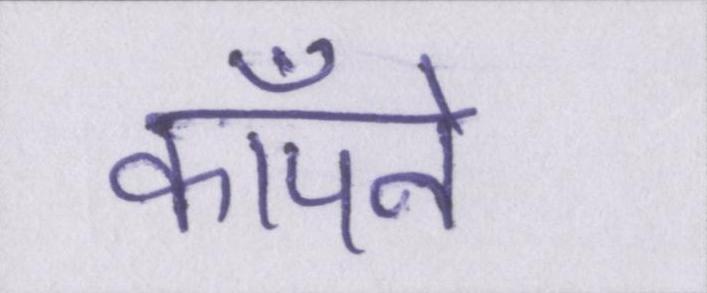
काँपने